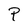
Character: P